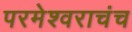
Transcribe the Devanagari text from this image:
परमेश्वराचंच